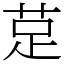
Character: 莡